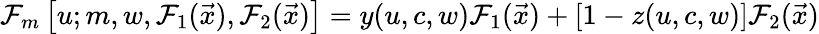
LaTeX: \mathcal{F}_{m}\left[u;m,w,\mathcal{F}_{1}(\vec{{x}}),\mathcal{F}_{2}(\vec{{x}})\right]=y(u,c,w)\mathcal{F}_{1}(\vec{{x}})+\left[1-z(u,c,w)\right]\mathcal{F}_{2}(\vec{{x}})